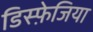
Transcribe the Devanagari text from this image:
डिस्फ़ेजिया